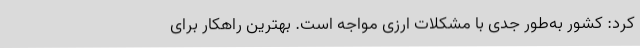
کرد: کشور به‌طور جدی با مشکلات ارزی مواجه است. بهترین راهکار برای